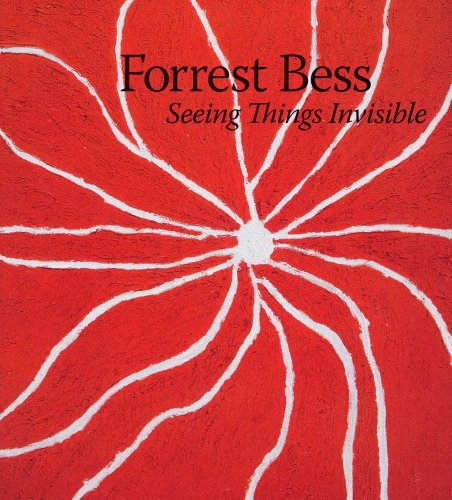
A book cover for Forrest Bess: Seeing Things Invisible (Menil Collection); Clare Elliott; Arts & Photography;